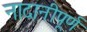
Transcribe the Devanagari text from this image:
नादानीपूर्ण